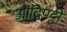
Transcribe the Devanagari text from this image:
आंदिपट्टी